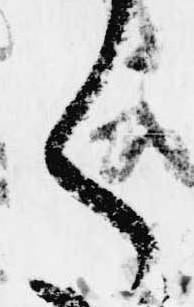
く